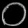
Digit: ၀